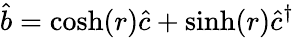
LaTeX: \hat{b}=\cosh(r)\hat{c}+\sinh(r)\hat{c}^{\dagger}